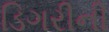
ડિગરીની